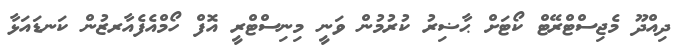
ދިއްދޫ މެޖިސްޓްރޭޓް ކޯޓަށް ޙާޟިރު ކުރުމުން ވަނީ މިނިސްޓްރީ އޮފް ހޯމްއެފެއާރޒުން ކަނޑައަޅާ